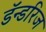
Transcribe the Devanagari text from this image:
डॅन्डरिज